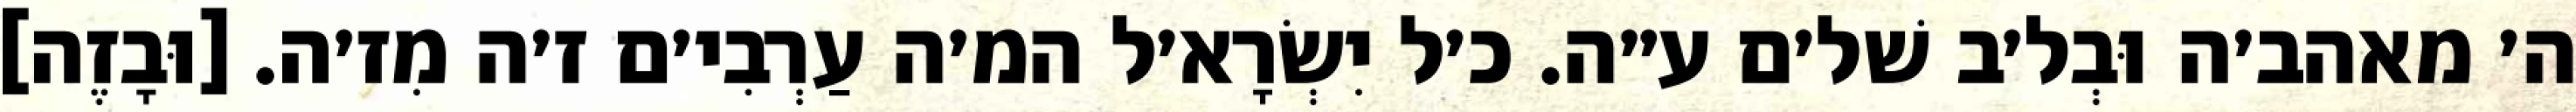
ה׳ מאהב׳ה וּבְל׳ב שׁל׳ם ע״ה. כ׳ל יִשְׂרָא׳ל המ׳ה עַרְבִי׳ם ז׳ה מִז׳ה. [וּבָזֶה]